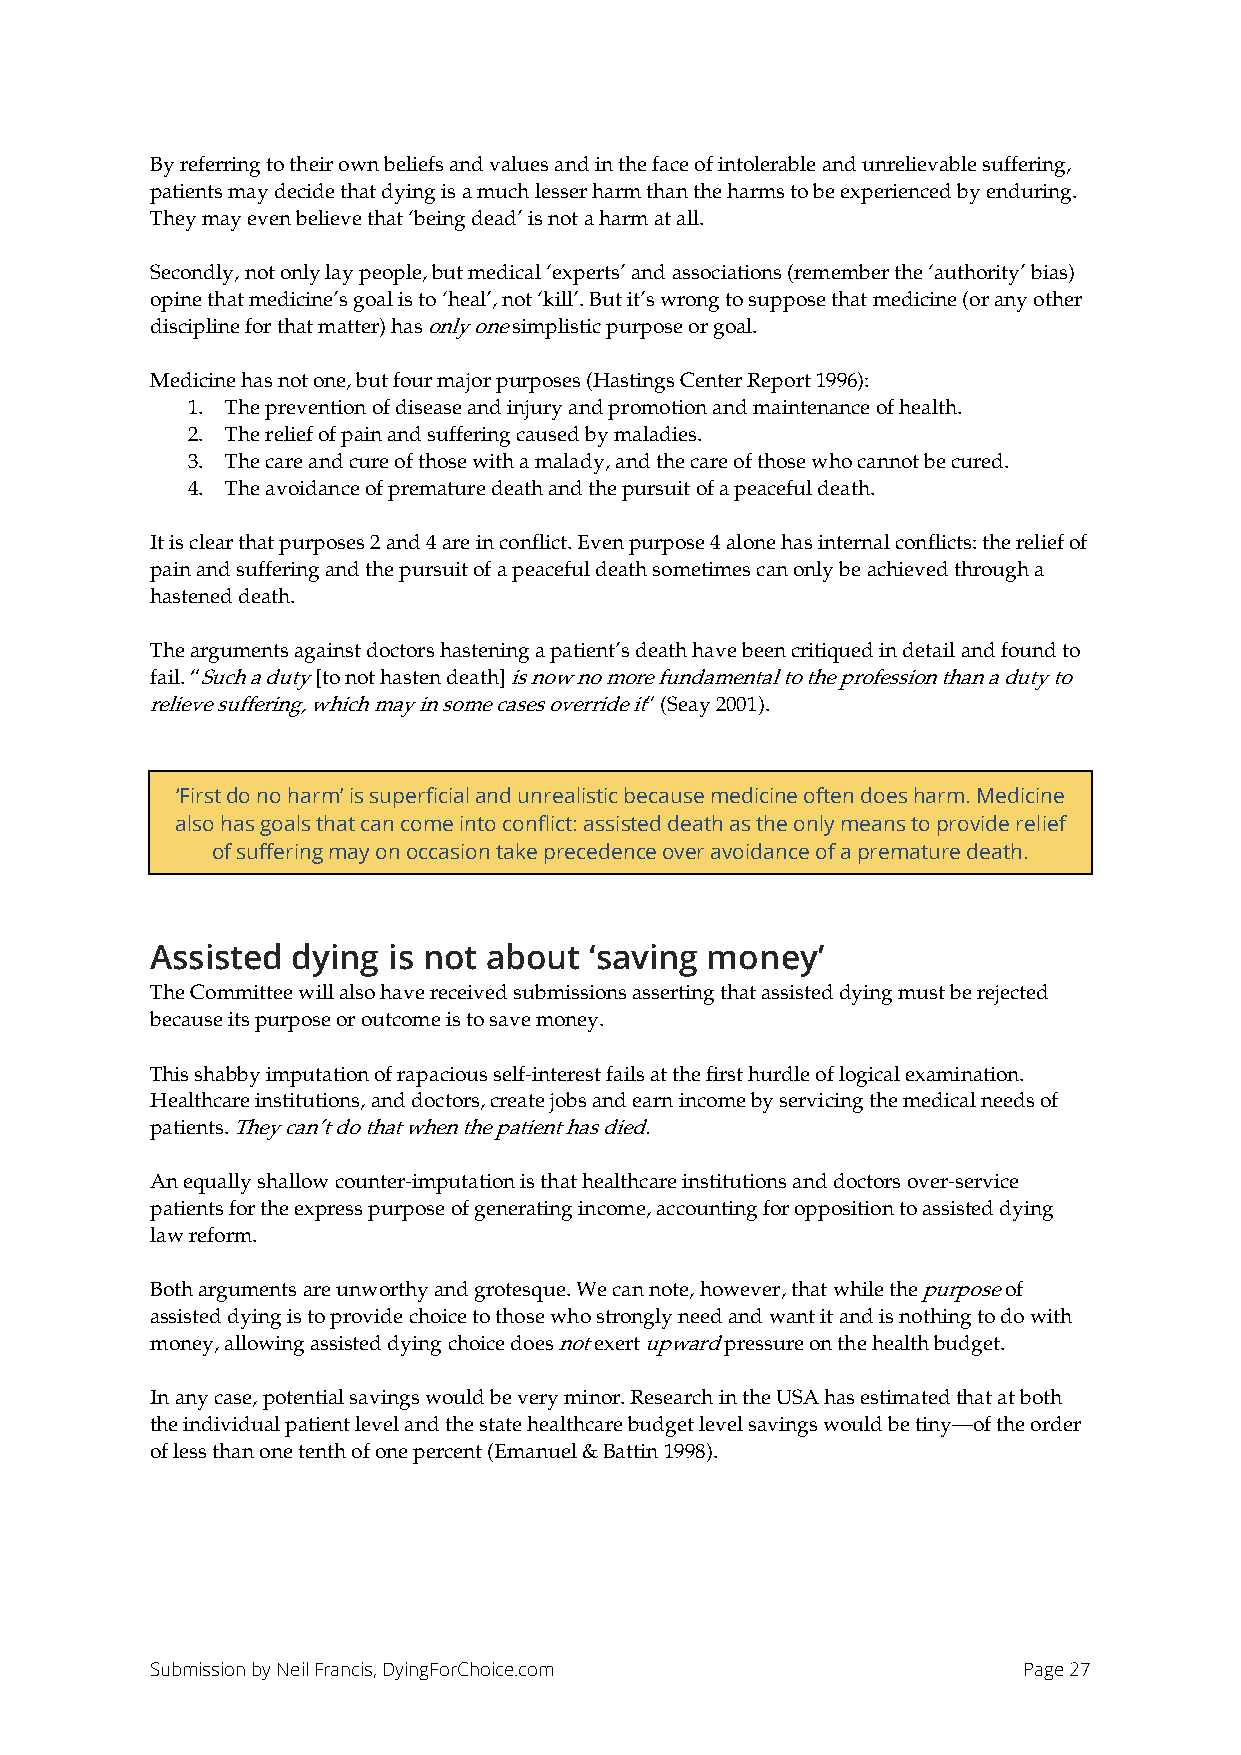
By referring to their own beliefs and values and in the face of intolerable and unrelievable suffering,
 patients may decide that dying is a much lesser harm than the harms to be experienced by enduring.
 They may even believe that ‘being dead’ is not a harm at all.
 Secondly, not only lay people, but medical ‘experts’ and associations (remember the ‘authority’ bias)
 opine that medicine’s goal is to ‘heal’, not ‘kill’. But it’s wrong to suppose that medicine (or any other
 discipline for that matter) has only one simplistic purpose or goal.
 Medicine has not one, but four major purposes (Hastings Center Report 1996):
 1. The prevention of disease and injury and promotion and maintenance of health.
 2. The relief of pain and suffering caused by maladies.
 3. The care and cure of those with a malady, and the care of those who cannot be cured.
 4. The avoidance of premature death and the pursuit of a peaceful death.
 It is clear that purposes 2 and 4 are in conflict. Even purpose 4 alone has internal conflicts: the relief of
 pain and suffering and the pursuit of a peaceful death sometimes can only be achieved through a
 hastened death.
 The arguments against doctors hastening a patient’s death have been critiqued in detail and found to
 fail. “Such a duty [to not hasten death] is now no more fundamental to the profession than a duty to
 relieve suffering, which may in some cases override it” (Seay 2001).
 ‘First do no harm’ is superficial and unrealistic because medicine often does harm. Medicine
 also has goals that can come into conflict: assisted death as the only means to provide relief
 of suffering may on occasion take precedence over avoidance of a premature death.
 Assisted dying  is not about ‘saving money’
 The Committee will also have received submissions asserting that assisted dying must be rejected
 because its purpose or outcome is to save money.
 This shabby imputation of rapacious self-interest fails at the first hurdle of logical examination.
 Healthcare institutions, and doctors, create jobs and earn income by servicing the medical needs of
 patients. They can’t do that when the patient has died.
 An equally shallow counter-imputation is that healthcare institutions and doctors over-service
 patients for the express purpose of generating income, accounting for opposition to assisted dying
 law reform.
 Both arguments are unworthy and grotesque. We can note, however, that while the purpose of
 assisted dying is to provide choice to those who strongly need and want it and is nothing to do with
 money, allowing assisted dying choice does not exert upward pressure on the health budget.
 In any case, potential savings would be very minor. Research in the USA has estimated that at both
 the individual patient level and the state healthcare budget level savings would be tiny—of the order
 of less than one tenth of one percent (Emanuel & Battin 1998).
 Submission by Neil Francis, DyingForChoice.com            Page 27